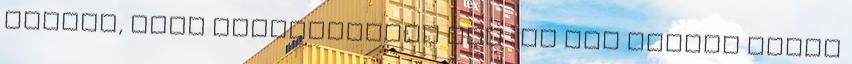
örülök, hogy felfigyeltek rád : És van otthon banán